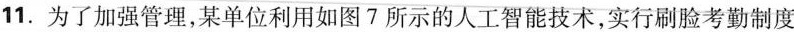
11.为了加强管理，某单位利用如图7所示的人工智能技术，实行刷脸考勤制度，